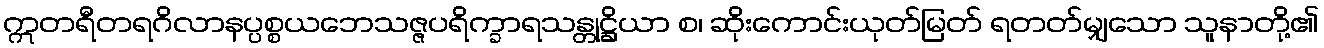
ဣတရီတရဂိလာနပ္ပစ္စယဘေသဇ္ဇပရိက္ခာရသန္တုဋ္ဌိယာ စ၊ ဆိုးကောင်းယုတ်မြတ် ရတတ်မျှသော သူနာတို့၏